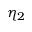
\eta _ { 2 }